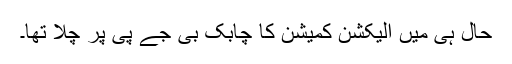
حال ہی میں الیکشن کمیشن کا چابک بی جے پی پر چلا تھا۔